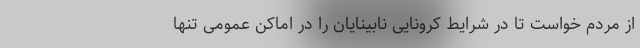
از مردم خواست تا در شرایط کرونایی نابینایان را در اماکن عمومی تنها